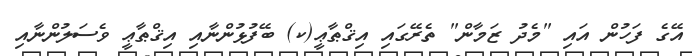
އޭގެ ފަހުން އައި "މެދު ޒަމާން" ތެރޭގައި އިޤްޠާޢީ(ކ) ބޭފުޅުންނާއި އިޤްޠާޢީ ވެސަލުންނާއި